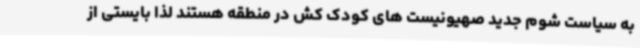
به سیاست شوم جدید صهیونیست های کودک کش در منطقه هستند لذا بایستی از